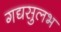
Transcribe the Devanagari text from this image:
गद्यसुलभ